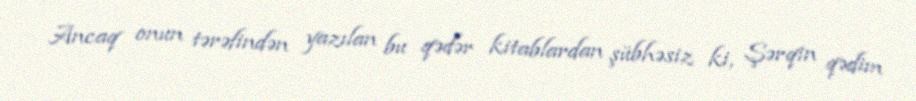
Ancaq onun tərəfindən yazılan bu qədər kitablardan şübhəsiz ki, Şərqin qədim